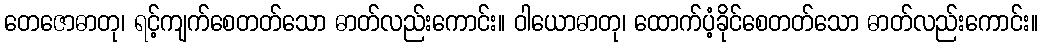
တေဇောဓာတု၊ ရင့်ကျက်စေတတ်သော ဓာတ်လည်းကောင်း။ ဝါယောဓာတု၊ ထောက်ပံ့ခိုင်စေတတ်သော ဓာတ်လည်းကောင်း။